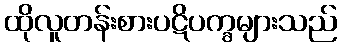
ထိုလူတန်းစားပဋိပက္ခများသည်